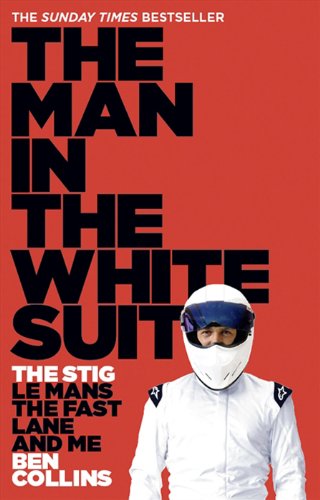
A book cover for The Man in the White Suit; Ben Collins; Engineering & Transportation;